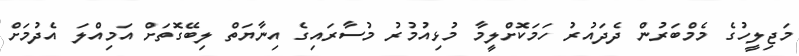
މަޖިލީހުގެ މެމްބަރުން ދެދައުރު ހަމަކޮށްލީމާ މުޅިއުމުރު މުސާރައިގެ އިނާޔަތް ލިބޭގޮތަށް އަމިއްލަ އެދުމަށް